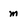
Character: m